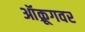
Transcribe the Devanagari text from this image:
ऑक्रूगवर